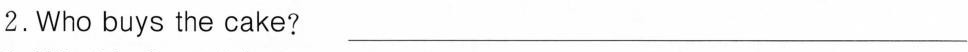
2.Who buys the cake? ___